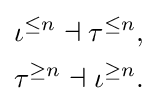
{\begin{aligned}\iota ^{\leq n}\dashv \tau ^{\leq n},\\\tau ^{\geq n}\dashv \iota ^{\geq n}.\end{aligned}}